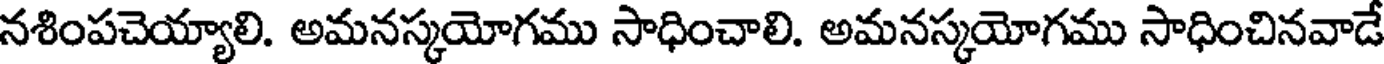
నశింపచెయ్యాలి. అమనస్కయోగము సాధించాలి. అమనస్కయోగము సాధించినవాడే